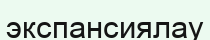
экспансиялау